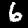
Label: 6